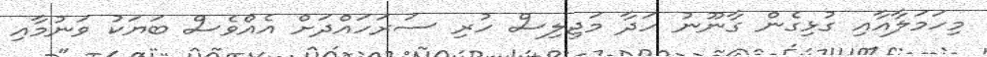
މިހަމަލާއާއި ގުޅިގެން ގާނޫނު ހަދާ މަޖިލިސް ހުރި ސަރަހައްދަށް އެއްވެސް ބަޔަކު ވަނުމާއި